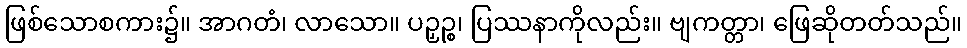
ဖြစ်သောစကား၌။ အာဂတံ၊ လာသော။ ပဉှဉ္စ၊ ပြဿနာကိုလည်း။ ဗျကတ္တာ၊ ဖြေဆိုတတ်သည်။